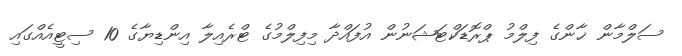
ސަލްމާން ޚާންގެ ފިލްމު ޕްރޮޑަކްޓަޝަނުން އުފައްދާ މިފިލްމުގެ ޓްރެއިލާ އިންޑިޔާގެ 10 ސިޓީއެއްގައި